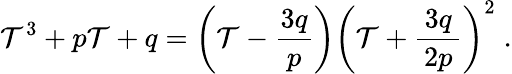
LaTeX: \mathcal{T}^{3}+p\mathcal{T}+q=\left(\mathcal{T}-{\frac{{3q}}{{p}}}\right)\left(\mathcal{T}+{\frac{{\, 3q\, }}{{2p}}}\right)^{2}\; .